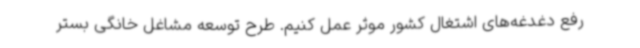
رفع دغدغه‌های اشتغال کشور موثر عمل کنیم. طرح توسعه مشاغل خانگی بستر